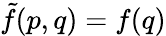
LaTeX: {\tilde{f}}(p,q)=f(q)